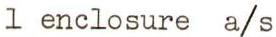
l enclosure a/s